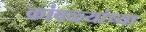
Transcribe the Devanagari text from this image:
कांबळ्यांच्या